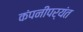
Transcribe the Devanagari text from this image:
कंपनीपर्यंत